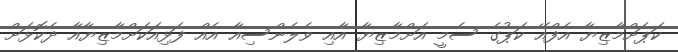
ކަޕަށްމާޒިޔާ އެފްއޭ ކަޕުގެ ސެމީ އަށްމާޒިޔާ އާއި ވެލެންސިއާ އެއް ފަޅިއަކަށްމާޒިޔާއާ ދެކޮޅަށް